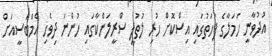
އުުދުވާނީ ހަމަލާގެ ފަހަތުގައި އިސްކޮށް ހުރި ލުތުފީ ސްރީލަންކާގައި ހުންނަ ދިވެހި އެމްބަސީއަށް